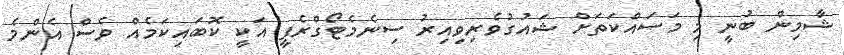
ޝާމިން ބުނީ މި މަސައްކަތަށް ޝައުގުވެރިވިއިރު ސިނެމެޓޯގްރެފީ އަކީ ކޮބައިކަމެއް ވެސް އެންމެ